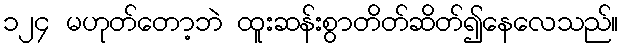
၁၂၄ မဟုတ်တော့ဘဲ ထူးဆန်းစွာတိတ်ဆိတ်၍နေလေသည်။